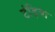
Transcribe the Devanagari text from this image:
टंड़िया